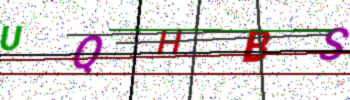
Text: UQHBS